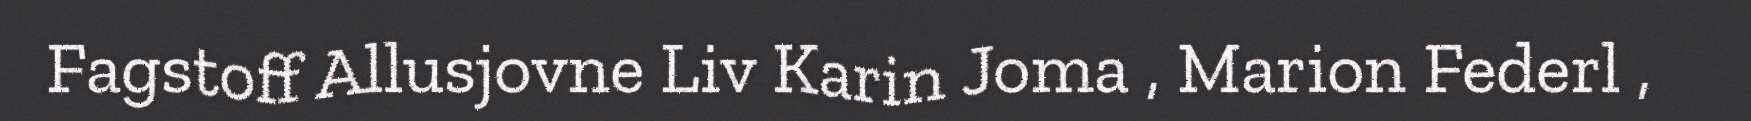
Fagstoff Allusjovne Liv Karin Joma , Marion Federl ,